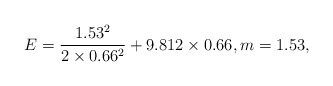
\begin{align*} E = \frac{1.53^2}{2\times0.66^2} + 9.812\times0.66, m =1.53,\end{align*}